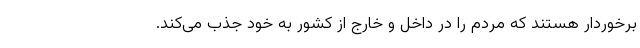
برخوردار هستند که مردم را در داخل و خارج از کشور به خود جذب می‌کند.